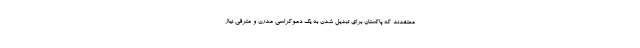
معتقدند که پاکستان برای تبدیل شدن به یک دموکراسی مدرن و مترقی نیاز